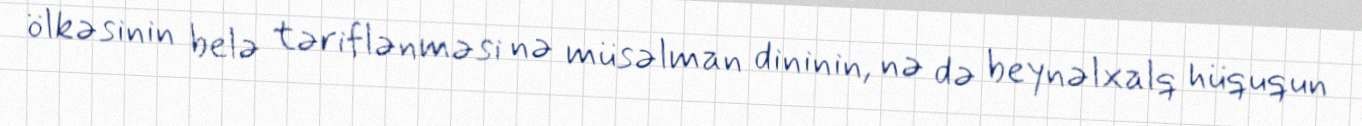
ölkəsinin belə təriflənməsi nə müsəlman dininin, nə də beynəlxalq hüququn